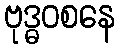
ဗုဒ္ဓဝစနေ